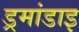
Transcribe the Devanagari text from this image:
ड्रमांडाइ